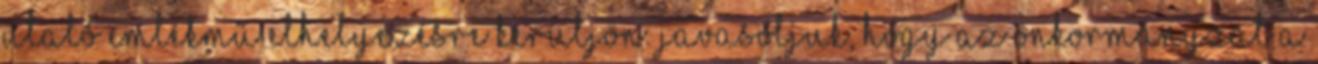
utaló emlékmű elhelyezésre kerüljön. Javasoljuk, hogy az önkormányzat a